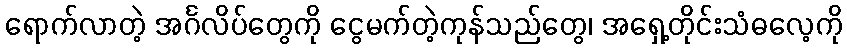
ရောက်လာတဲ့ အင်္ဂလိပ်တွေကို ငွေမက်တဲ့ကုန်သည်တွေ၊ အရှေ့တိုင်းသံဓလေ့ကို